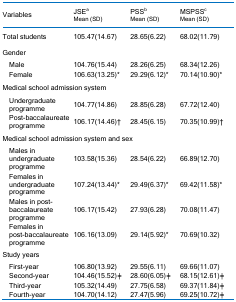
<table><thead><tr><td colspan="2"><b>Variables</b></td><td><b>JSE<sup>a</sup>Mean (SD)</b></td><td><b>PSS<sup>b</sup>Mean (SD)</b></td><td><b>MSPSS<sup>c</sup>Mean (SD)</b></td></tr></thead><tbody><tr><td colspan="2">Total students</td><td>105.47(14.67)</td><td>28.65(6.22)</td><td>68.02(11.79)</td></tr><tr><td colspan="5">Gender</td></tr><tr><td> </td><td>Male</td><td>104.76(15.44)</td><td>28.26(6.25)</td><td>68.34(12.26)</td></tr><tr><td></td><td>Female</td><td>106.63(13.25)*</td><td>29.29(6.12)*</td><td>70.14(10.90)*</td></tr><tr><td colspan="5">Medical school admission system</td></tr><tr><td></td><td>Undergraduate programme</td><td>104.77(14.86)</td><td>28.85(6.28)</td><td>67.72(12.40)</td></tr><tr><td></td><td>Post-baccalaureate programme</td><td>106.17(14.46)†</td><td>28.45(6.15)</td><td>70.35(10.99)†</td></tr><tr><td colspan="5">Medical school admission system and sex</td></tr><tr><td> </td><td>Males in undergraduate programme</td><td>103.58(15.36)</td><td>28.54(6.22)</td><td>66.89(12.70)</td></tr><tr><td> </td><td>Females in undergraduate programme</td><td>107.24(13.44)*</td><td>29.49(6.37)*</td><td>69.42(11.58)*</td></tr><tr><td> </td><td>Males in post-baccalaureate programme</td><td>106.17(15.42)</td><td>27.93(6.28)</td><td>70.08(11.47)</td></tr><tr><td> </td><td>Females in post-baccalaureate programme</td><td>106.16(13.09)</td><td>29.14(5.92)*</td><td>70.69(10.32)</td></tr><tr><td colspan="5">Study years</td></tr><tr><td> </td><td>First-year</td><td>106.80(13.92)</td><td>29.55(6.11)</td><td>69.66(11.07)</td></tr><tr><td> </td><td>Second-year</td><td>104.46(15.52)ǂ</td><td>28.60(6.05)ǂ</td><td>68.15(12.61)ǂ</td></tr><tr><td> </td><td>Third-year</td><td>105.32(14.49)</td><td>27.75(6.58)</td><td>69.37(11.84)ǂ</td></tr><tr><td> </td><td>Fourth-year</td><td>104.70(14.12)</td><td>27.47(5.96)</td><td>69.25(10.72)ǂ</td></tr></tbody></table>